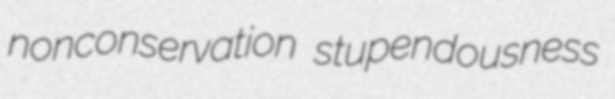
nonconservation stupendousness